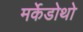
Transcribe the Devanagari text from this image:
मर्केडोथो